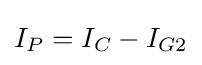
I_{P}=I_{C}-I_{G2}